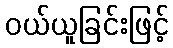
ဝယ်ယူခြင်းဖြင့်